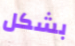
بشكل